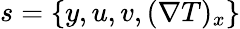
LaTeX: s=\{ y,u,v,(\nabla T)_{x}\}